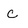
Character: c